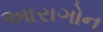
આરાગોન